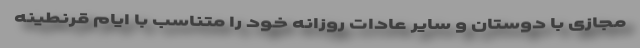
مجازی با دوستان و سایر عادات روزانه خود را متناسب با ایام قرنطینه